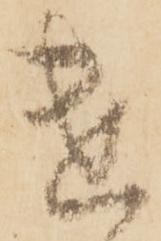
遣